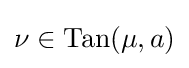
\nu \in \mathrm {Tan} (\mu ,a)